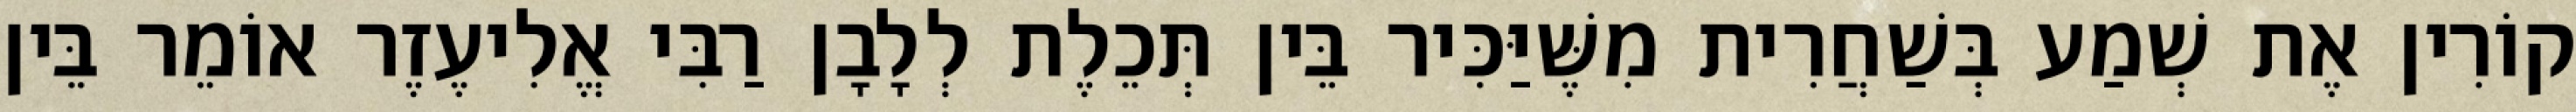
קוֹרִין אֶת שְׁמַע בְּשַׁחֲרִית מִשֶּׁיַּכִּיר בֵּין תְּכֵלֶת לְלָבָן רַבִּי אֱלִיעֶזֶר אוֹמֵר בֵּין